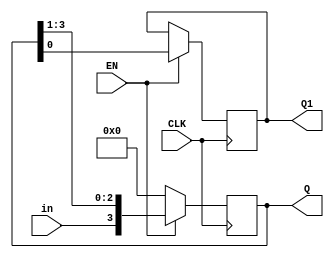
module shiftreg(Q, Q1, EN, in, CLK);

parameter n=4;
input in,EN,CLK;
output Q1;
reg Q1;
output [3:0] Q;
reg [3:0] Q;

always @(posedge CLK)
begin
if (EN)
begin
Q1 = Q[0];
Q={in, Q[n-1:1]};
end
else
Q = 4'b0000;
end
endmodule